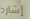
إشاره